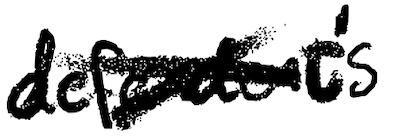
Text: defendant's
Cross-out: cross
Writing tool: digital_black